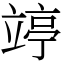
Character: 𥪜